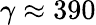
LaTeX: \gamma\approx 390